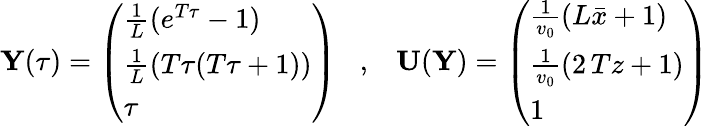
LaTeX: {\mathbf Y}(\tau)=\left(\begin{array}{l}{\frac{1}{L}(e^{T\tau}-1)}\\ {\frac{1}{L}(T\tau(T\tau+1))}\\ {\tau}\end{array}\right)\; \; \; ,\; \; \; {\mathbf U}({\mathbf Y})=\left(\begin{array}{l}{\frac{1}{v_{0}}(L\bar{x}+1)}\\ {\frac{1}{v_{0}}(2\, Tz+1)}\\ {1}\end{array}\right)